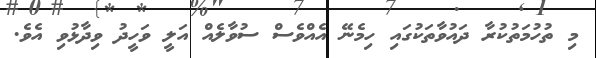
މި ތުހުމަތުކުރާ ދައުވާތަކުގައި ހިމެނޭ އެއްވެސް ސުވާލެއް އަލީ ވަހީދު ވިދާޅުވި އެވެ.